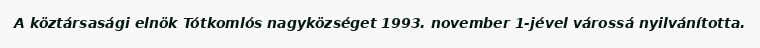
A köztársasági elnök Tótkomlós nagyközséget 1993. november 1-jével várossá nyilvánította.